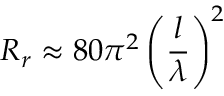
R _ { r } \approx 8 0 \pi ^ { 2 } \left( { \frac { l } { \lambda } } \right) ^ { 2 }